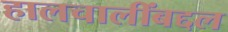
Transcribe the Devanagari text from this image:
हालचालींबद्दल